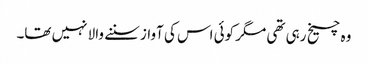
وہ چیخ رہی تھی مگر کوئی اس کی آواز سننے والا نہیں تھا۔